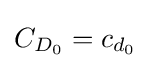
C_{D_{0}}=c_{d_{0}}